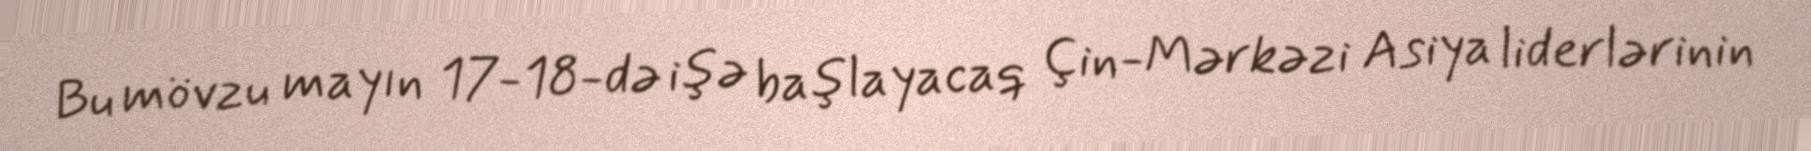
Bu mövzu mayın 17-18-də işə başlayacaq Çin-Mərkəzi Asiya liderlərinin